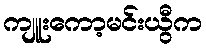
ကျူးကော့မင်းယွီက